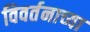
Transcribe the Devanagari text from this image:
विवर्तनाच्या